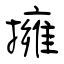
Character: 擁